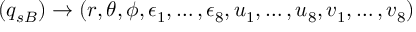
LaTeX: ( q _ { s B } ) \rightarrow ( r , \theta , \phi , \epsilon _ { 1 } , \dots , \epsilon _ { 8 } , u _ { 1 } , \dots , u _ { 8 } , v _ { 1 } , \dots , v _ { 8 } )